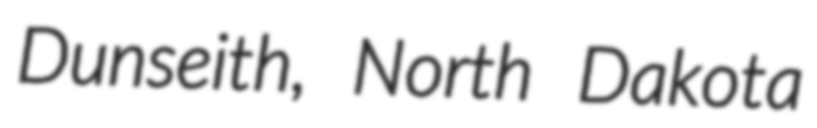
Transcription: Dunseith, North Dakota